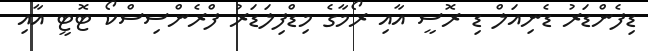
ޑިފެންޑަރު ޑެނިއަލް ޑި ރޮސީ އާއި ރޯމާގެ މިޑްފިލަޑަރު ފްރެންސިސްކޯ ޓޮޓީ އާއި